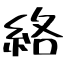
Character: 絡